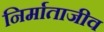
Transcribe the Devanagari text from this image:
निर्माताजीव